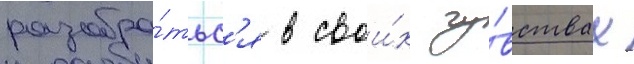
разобра́тьс'я в свои́х чу́вствах